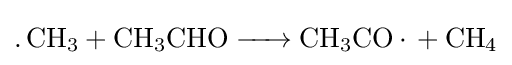
{\ce {.CH3 + CH3CHO -> CH3CO. + CH4}}